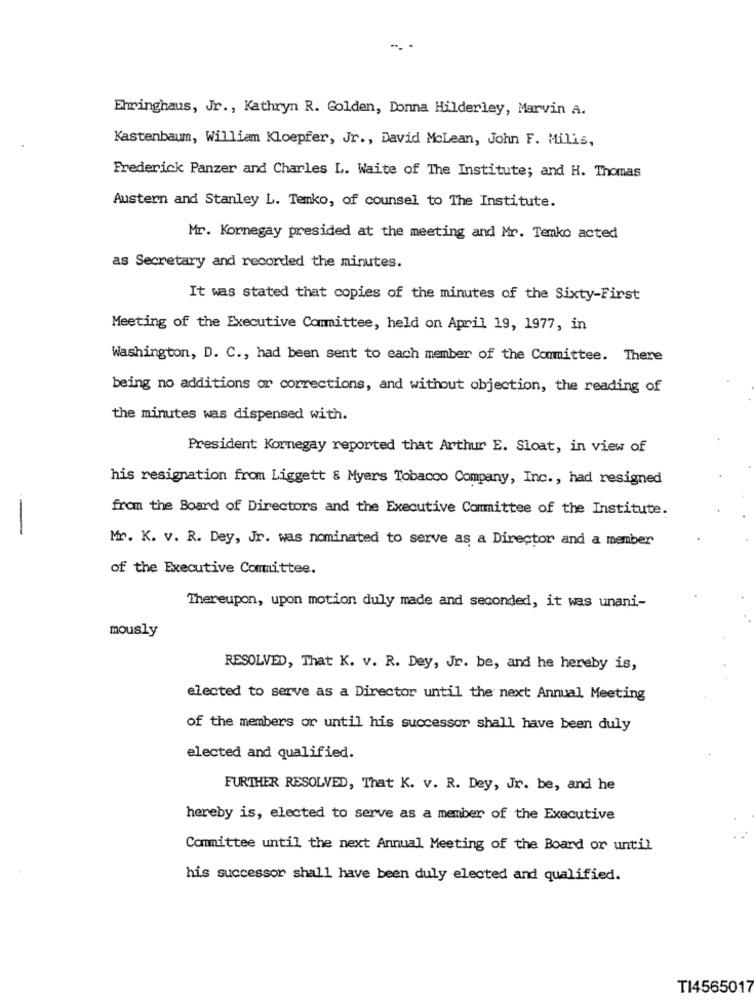
Ehringhaus, Jr ., Kathryn R. Golden, Donna Hilderley, Marvin A.
Kastenbaum, William Kloepfer, Jr ., David McLean, John F. Milis,
Frederick Panzer and Charles L. Waite of The Institute; and H. Thomas
Austern and Stanley L. Temko, of counsel to The Institute.
Mr. Kornegay presided at the meeting and Mr. Temko acted
as Secretary and recorded the minutes.
It was stated that copies of the minutes of the Sixty-First
Meeting of the Executive Committee, held on April 19, 1977, in
Washington, D. C ., had been sent to each member of the Committee. There
being no additions or corrections, and without objection, the reading of
the minutes was dispensed with.
President Kornegay reported that Arthur E. Sloat, in view of
his resignation from Liggett & Myers Tobacco Company, Inc ., had resigned
from the Board of Directors and the Executive Committee of the Institute.
-
Mr. K. v. R. Dey, Jr. was nominated to serve as a Director and a member
of the Executive Committee.
Thereupon, upon motion duly made and seconded, it was unani-
mously
RESOLVED, That K. v. R. Dey, Jr. be, and he hereby is,
elected to serve as a Director until the next Annual Meeting
of the members or until his successor shall have been duly
elected and qualified.
FURTHER RESOLVED, That K. v. R. Dey, Jr. be, and he
hereby is, elected to serve as a member of the Executive
Committee until the next Annual Meeting of the Board or until
his successor shall have been duly elected and qualified.
TI4565017